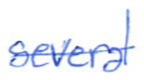
Text: several
Cross-out: single-line
Writing tool: ballpoint